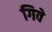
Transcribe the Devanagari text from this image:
गिवे